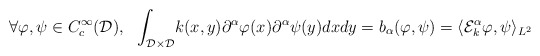
\begin{align*}\forall \varphi,\psi \in C_c^{\infty}(\mathcal{D}), \ \ \int_{\mathcal{D}\times\mathcal{D}}&k(x,y)\partial^{\alpha}\varphi(x)\partial^{\alpha}\psi(y)dxdy = b_{\alpha}(\varphi,\psi) = \langle \mathcal{E}_k^{\alpha}\varphi,\psi\rangle_{L^2}\end{align*}